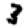
Digit: 3